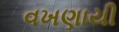
વખણાયી